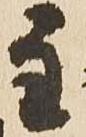
主